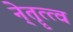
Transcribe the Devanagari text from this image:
ने्तॄत्त्व